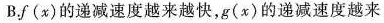
B.f(x)的递减速度越来越快，g(x)的递减速度越来